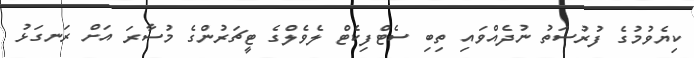
ކިޔެވުމުގެ ފުރުސަތު ނުދެއްވައި ތިބި ސެޓްފިކެޓް ލެވެލްގެ ޓީޗަރުންގެ މުސާރަ އަށް ރަނގަޅު